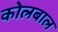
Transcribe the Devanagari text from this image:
कोलबाल